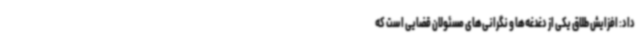
داد: افزایش طلاق یکی از دغدغه‌ها و نگرانی‌های مسئولان قضایی است که